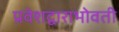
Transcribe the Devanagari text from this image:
प्रवेशद्वाराभोवती